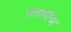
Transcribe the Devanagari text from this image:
सलामींचा